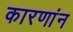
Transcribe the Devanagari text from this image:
कारणांन